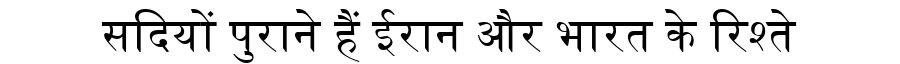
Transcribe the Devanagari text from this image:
सदियों पुराने हैं ईरान और भारत के रिश्ते